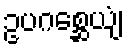
ဥပဂစ္ဆေယျံ